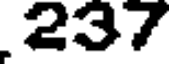
237